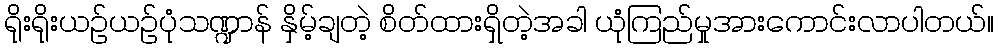
ရိုးရိုးယဉ်ယဉ်ပုံသဏ္ဍာန် နှိမ့်ချတဲ့ စိတ်ထားရှိတဲ့အခါ ယုံကြည်မှုအားကောင်းလာပါတယ်။